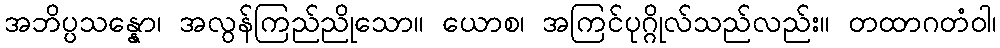
အဘိပ္ပသန္နော၊ အလွန်ကြည်ညိုသော။ ယောစ၊ အကြင်ပုဂ္ဂိုလ်သည်လည်း။ တထာဂတံဝါ၊